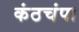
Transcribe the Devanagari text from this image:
कंठचंपा